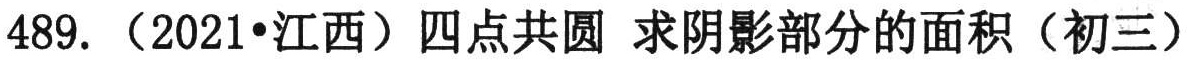
489. （2021•江西）四点共圆 求阴影部分的面积（初三）